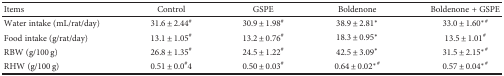
| Items | Control | GSPE | Boldenone | Boldenone + GSPE |
 | --- | --- | --- | --- | --- |
 | Water intake (mL/rat/day) | 31.6 ± 2.44# | 30.9 ± 1.98# | 38.9 ± 2.81∗ | 33.0 ± 1.60∗# |
 | Food intake (g/rat/day) | 13.1 ± 1.05# | 13.2 ± 0.76# | 18.3 ± 0.95∗ | 13.5 ± 1.01# |
 | RBW (g/100 g) | 26.8 ± 1.35# | 24.5 ± 1.22# | 42.5 ± 3.09∗ | 31.5 ± 2.15∗# |
 | RHW (g/100 g) | 0.51 ± 0.0#4 | 0.50 ± 0.03# | 0.64 ± 0.02∗# | 0.57 ± 0.04∗# |